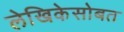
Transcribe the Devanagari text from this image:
लेखिकेसोबत